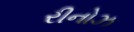
રીનોઝ